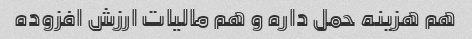
هم هزینه حمل داره و هم مالیات ارزش افزوده